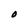
Character: O